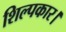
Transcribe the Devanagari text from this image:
शिल्पकार।